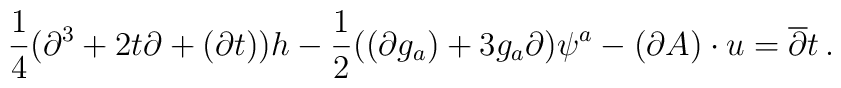
\frac{1}{4}(\partial ^3 + 2t\partial + (\partial t))h -\frac{1}{2}((\partial g_a) + 3g_a\partial )\psi ^a - (\partial A)\cdot u =\overline{\partial }t\,.